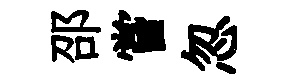
邵嘗忽